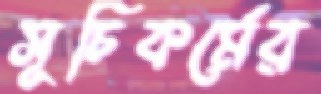
সূচিকর্মের